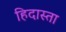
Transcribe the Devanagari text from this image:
हिदास्ता